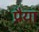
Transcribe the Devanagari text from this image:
प्रैया